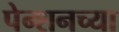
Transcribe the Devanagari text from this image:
पेन्शनच्या